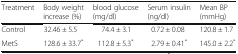
| Treatment | Body weight increase (%) | blood glucose (mg/dl) | Serum insulin (ng/dl) | Mean BP (mmHg) |
 | --- | --- | --- | --- | --- |
 | Control | 32.46 ± 5.5 | 74.4 ± 3.1 | 0.72 ± 0.08 | 120.8 ± 1.7 |
 | MetS | 128.6 ± 33.7* | 112.8 ± 5.3* | 2.79 ± 0.41* | 145.0 ± 2.2* |